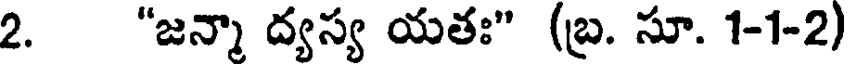
2. "జన్నా ద్యస్య యతః" (బ్ర. సూ. 1-1-2)